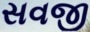
સવજી